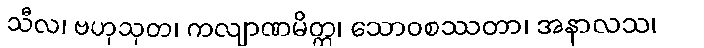
သီလ၊ ဗဟုသုတ၊ ကလျာဏမိတ္တ၊ သောဝစဿတာ၊ အနာလသ၊